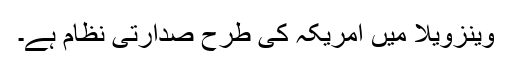
وینزویلا میں امریکہ کی طرح صدارتی نظام ہے۔